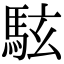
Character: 䮄